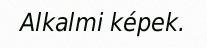
Alkalmi képek.